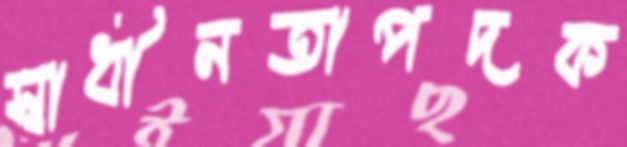
স্বাধীনতাপদক